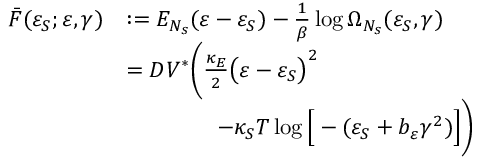
\begin{array} { r l } { \bar { F } ( \varepsilon _ { S } ; \varepsilon , \gamma ) } & { : = E _ { N _ { s } } ( \varepsilon - \varepsilon _ { S } ) - \frac { 1 } { \beta } \log { \Omega _ { N _ { s } } ( \varepsilon _ { S } , \gamma ) } } \\ & { = D V ^ { \ast } \bigg ( \frac { \kappa _ { E } } { 2 } \big ( \varepsilon - \varepsilon _ { S } \big ) ^ { 2 } } \\ & { \qquad \qquad - \kappa _ { S } T \log { \Big [ - ( \varepsilon _ { S } + b _ { \varepsilon } \gamma ^ { 2 } ) \Big ] } \bigg ) } \end{array}